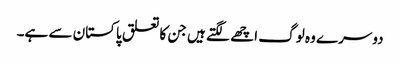
دوسرے وہ لوگ اچھے لگتے ہیں جن کا تعلق پاکستان سے ہے۔